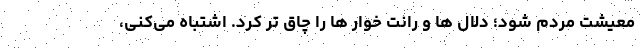
معیشت مردم شود؛ دلال ها و رانت خوار ها را چاق تر کرد. اشتباه می‌کنی،